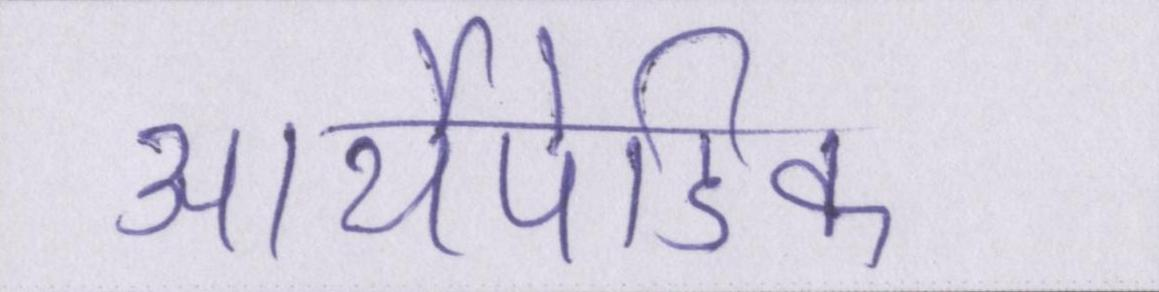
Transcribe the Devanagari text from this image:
आर्थोपेडिक